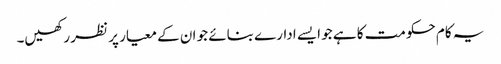
یہ کام حکومت کا ہے جو ایسے ادارے بنائے جو ان کے معیار پر نظر رکھیں۔